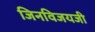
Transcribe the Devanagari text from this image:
जिनविजयजी